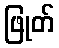
ဖြုတ်